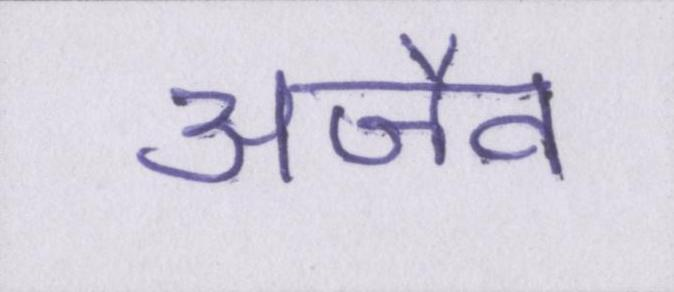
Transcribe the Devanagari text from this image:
अजैव